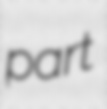
part